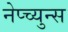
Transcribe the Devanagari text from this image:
नेप्च्युन्स